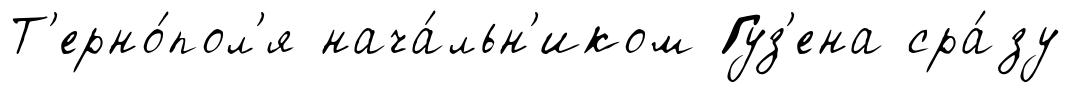
Т'ерно́пол'я нача́льн'иком Гуз'ена сра́зу